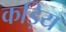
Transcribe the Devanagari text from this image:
कड़िय